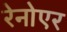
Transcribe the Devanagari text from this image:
रेनोएर